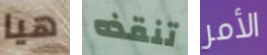
هيا تنقذه الأمر